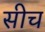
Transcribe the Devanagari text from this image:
सीच